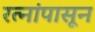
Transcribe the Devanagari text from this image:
रत्‍नांपासून